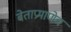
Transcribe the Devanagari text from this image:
बेताप्रमाणेच